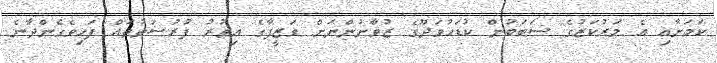
ކަމަށާއި އެ މަރުކަޒުގެ ސަބަބުން ކުޑަހުވަދޫގެ ޒުވާނުންނަށް ވަޒީފާގެ އިތުރު ފުރުސަތުތައް ފަހިވެގެންދާނެ